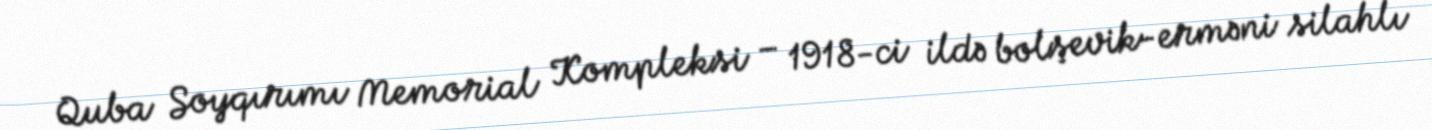
Quba Soyqırımı Memorial Kompleksi – 1918-ci ildə bolşevik-erməni silahlı